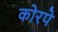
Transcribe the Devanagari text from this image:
कोरपे